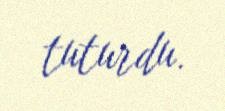
tuturdu.